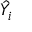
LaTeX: { \hat { Y } } _ { i }